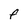
Character: F